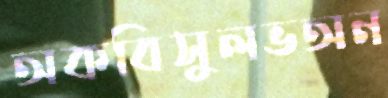
অকবিসুলভঅন